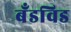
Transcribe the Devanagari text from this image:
बँडविड